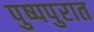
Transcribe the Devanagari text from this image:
पुष्पपुरात